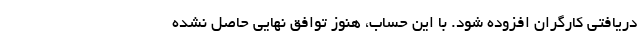
دریافتی کارگران افزوده شود. با این حساب، هنوز توافق نهایی حاصل نشده